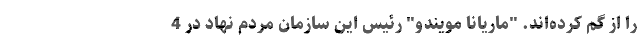
را از گم کرده‌اند. "ماریانا مویندو" رئیس این سازمان مردم نهاد در 4